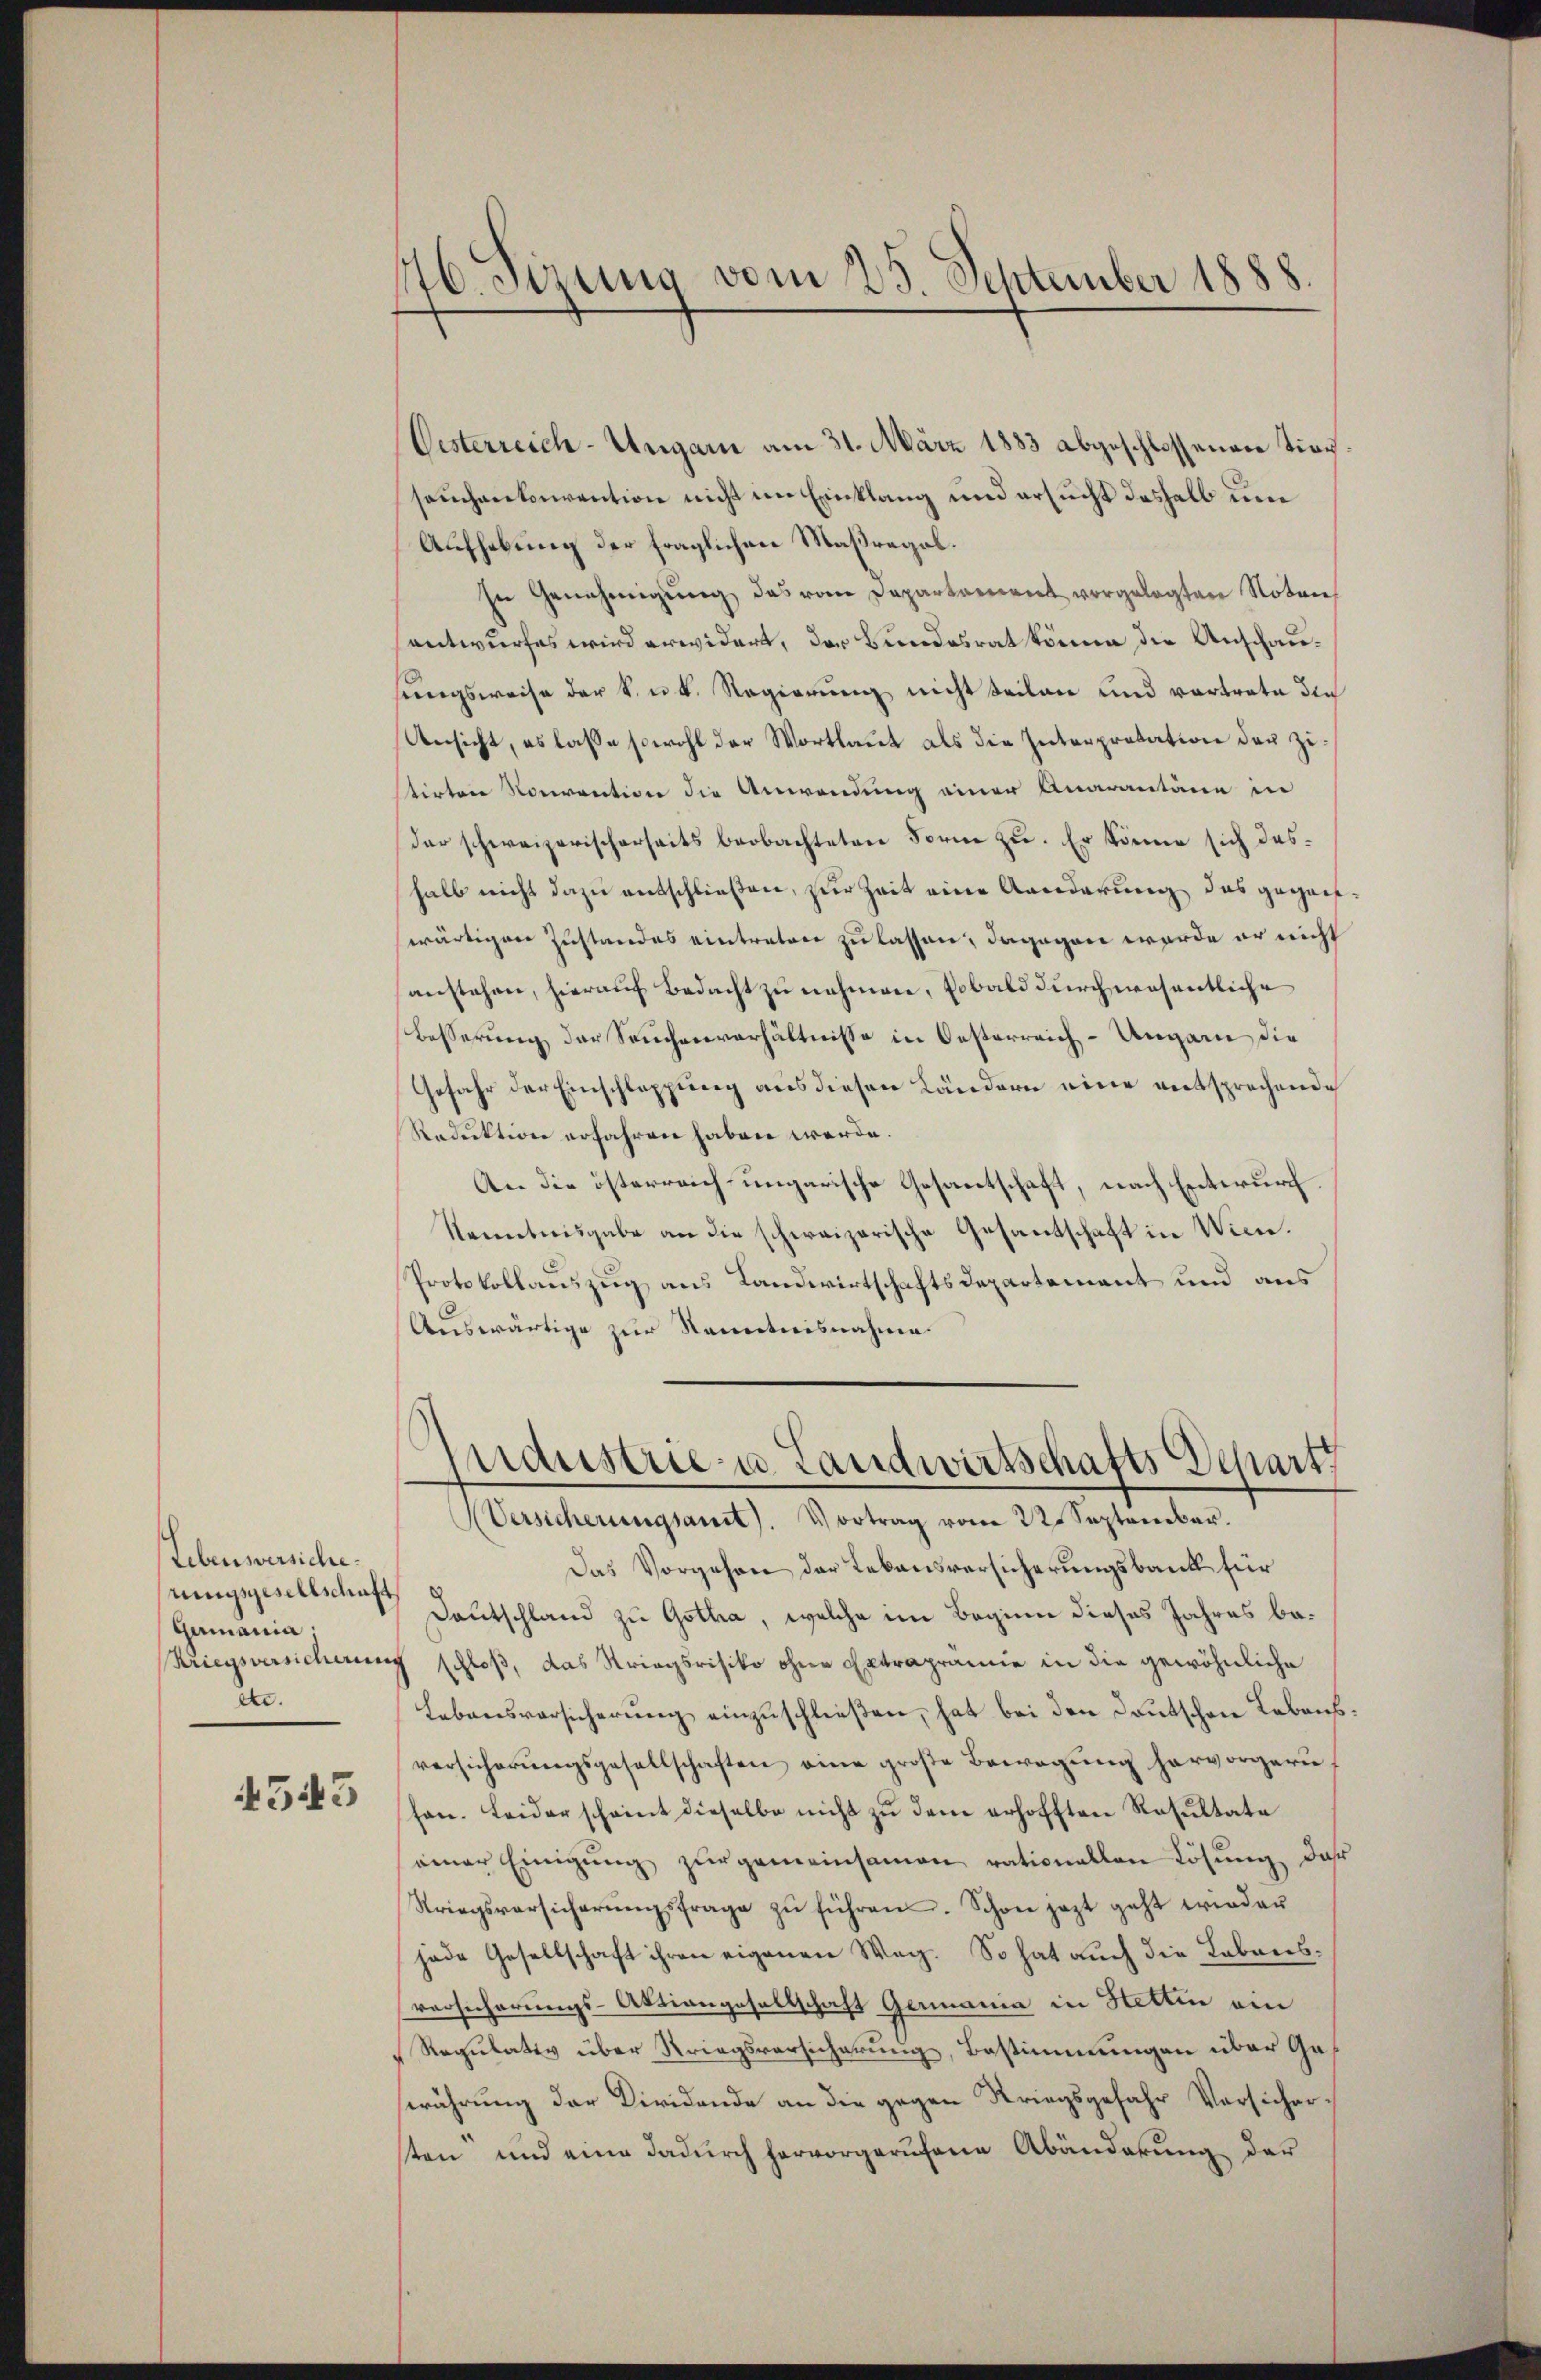
Lebensversiche.
rungsgesellschaft
Germania,
Kriegsversichernen
de.

4543

46. Sirung vom 25. September 1888.

Oesterreich-Ungarn am 31. März 1883 abgeschlossenen Tier
seuchenkonvention nicht im Einklang und ersucht deshalb um
Aufhebung der fraglichen Maßregel.
In Genehmigŭng das vom Departement vorgelegten Noten
antwurfes wird erwidert, der Bundesrat könne die Anschausungsweise der k. u. k. Regierung nicht seilen und vortrate den
Ansicht, es lasse sowohl der Wortlaut als die Interpretation der Zistirten Konvention die Anwendung einer Quarantäre in
der schweizerischerseits beobachteten Forme zu. Er könne sich dashalb nicht dazu entschließen, zur Zeit eine Aenderung das geganwärtigen Zustandes eintreten zu lassen, dagegen werde er nicht
anstehen, hierauf Bedacht zu nehmen, sobald durch wesentliche
Besserung der Seuchenverhältnisse in Oesterreich-Ungann die
Gefahr der Einschlappung aus diesen Ländern eine entsprechende
Reduktion erfahren haben werde.
An die österreich ungarische Gesantschaft, nach Entwurf.
Nenntnisgabe an die schweizerische Gesantschaft in Wien.
Protokollauszug aus Landwirtschaftsdepartement und aus
Auswärtige zur Kenntnisnahme
Industrie u. Landwirtschafts Depart.
Versicherungsant). Vortrag vom 22. September.
Das Vorgehen der Lebensversicherungsbank für
Deutschland zu Gotha, welche im Beginn dieses Jahres beschloß, das Kriegsrisiko ohne Extraprämie in die gewöhnliche
Lebensvorsicherung einzuschließen, hat bei den Deutschen Lebensversicherungsgesellschaften eine große Bewegung hervorgeruf
hon. Leiderscheint dieselbe nicht zŭ dem erhofften Resultate
einer Einigŭng zŭr gemeinsamen rationallen Lösung, daß
Striegsvorsicherŭngsfrage zŭ führen. Schon jezt geht wieder
jede Gesellschaft ihren eigenen Weg. So hat auch die Labreisvorsicherungs-Aktiengesellschaft Germania in Hettin ein
Regulativ über Kriegsversicherung, Bestimmungen über Geerührung der Diridende an die gegen Kriegsgefahr Versichersten und eine dadurch hervorgerufene Abänderung der